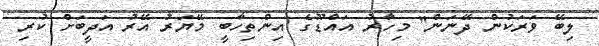
ލިބޭ ވަރަކުން ދޭނަން" މިހާރު އައްޑޫގެ އިންތިހާބީ މޭޔަރު އޭރު އަދީބަށް ކުރި